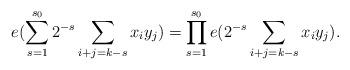
LaTeX: \begin{align*} e(\sum_{s=1}^{s_0}2^{-s}\sum_{i+j=k-s}x_iy_j) = \prod_{s=1}^{s_0} e(2^{-s}\sum_{i+j=k-s}x_iy_j). \end{align*}